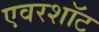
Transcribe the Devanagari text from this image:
एवरशॉट